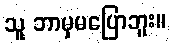
သူ ဘာမှမပြောဘူး။